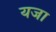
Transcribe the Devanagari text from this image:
यजा